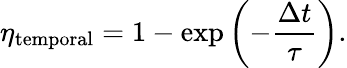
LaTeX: \eta_{\mathrm{temporal}}=1-\exp\left(-\frac{\Delta t}{\tau}\right).